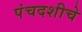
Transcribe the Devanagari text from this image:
पंचदशीचे